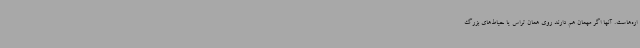
اره‌هاست. آنها اگر مهمان هم دارند روی همان تراس یا حیاط‌های بزرگ